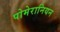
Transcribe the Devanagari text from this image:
पोमेरानियन